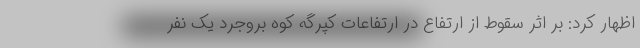
اظهار کرد: بر اثر سقوط از ارتفاع در ارتفاعات کپرگه کوه بروجرد یک نفر